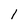
Character: 1